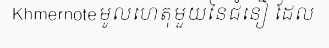
Khmernoteមូលហេតុមួយនៃជំនឿ ដែល